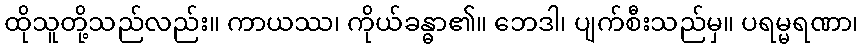
ထိုသူတို့သည်လည်း။ ကာယဿ၊ ကိုယ်ခန္ဓာ၏။ ဘေဒါ၊ ပျက်စီးသည်မှ။ ပရမ္မရဏာ၊